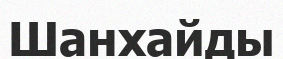
Шанхайды